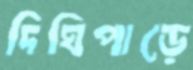
দিঘিপাড়ে